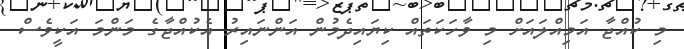
މި ކުއްޖާ އަމިއްލައަށް މި ވާހަކަތައް ކިޔައިދެމުން އަންނައިރު އެކުއްޖާގެ މަންމަ އަކީވެސް